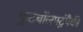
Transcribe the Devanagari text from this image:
फुटबॉलपटूंपैकी